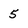
Character: 5